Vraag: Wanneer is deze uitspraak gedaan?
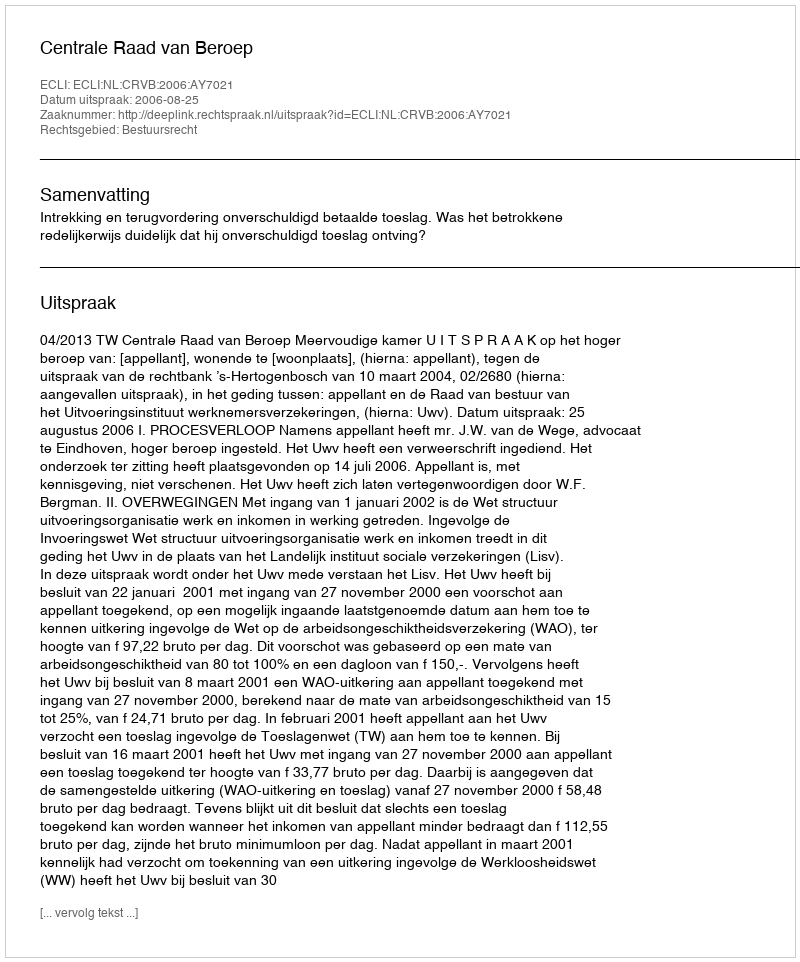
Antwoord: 2006-08-25